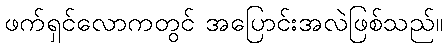
ဖက်ရှင်လောကတွင် အပြောင်းအလဲဖြစ်သည်။